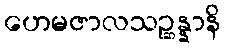
ဟေမဇာလသဉ္ဆန္နာနိ